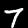
Digit: 7